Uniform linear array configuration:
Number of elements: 16
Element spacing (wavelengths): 0.5
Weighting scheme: blackman
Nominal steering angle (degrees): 0
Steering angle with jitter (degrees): -1.101
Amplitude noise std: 0.05
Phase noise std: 0.05

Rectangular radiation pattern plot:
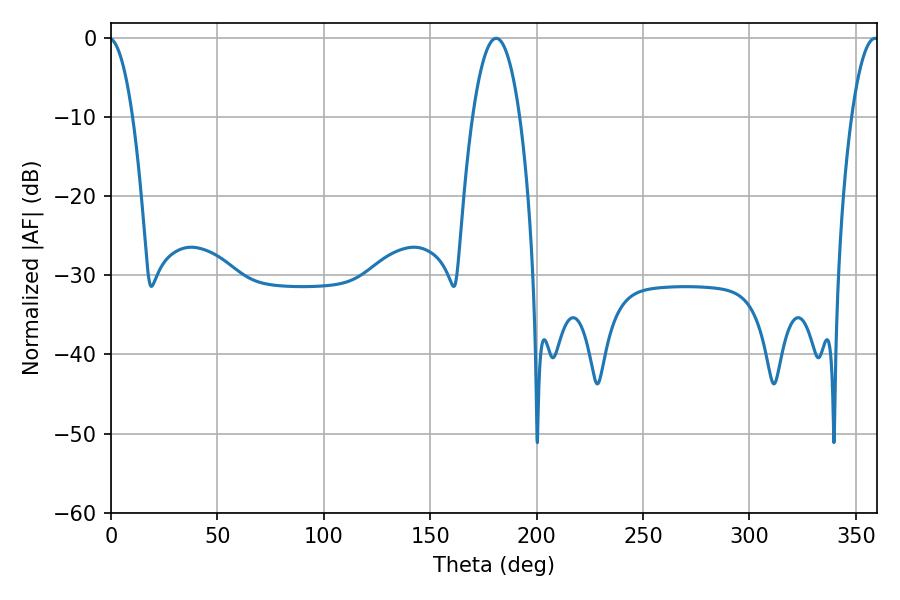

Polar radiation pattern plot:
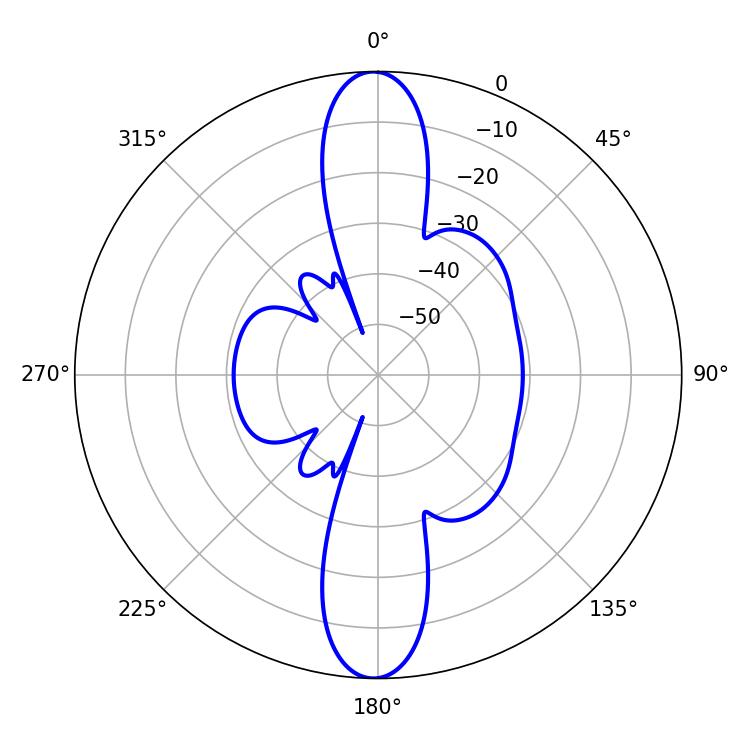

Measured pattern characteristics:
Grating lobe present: FALSE
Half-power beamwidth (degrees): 12.42
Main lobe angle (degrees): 181.08